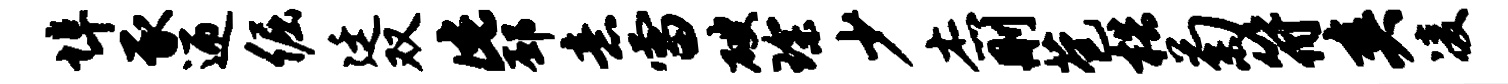
埠豕迎倔廷双此邳意雷破琛少杰删苞梏菊符爽凌